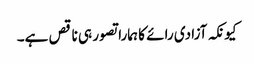
کیونکہ آزادی رائے کا ہمارا تصور ہی ناقص ہے۔